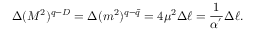
\Delta ( M ^ { 2 } ) ^ { q - D } = \Delta ( m ^ { 2 } ) ^ { q - \bar { q } } = 4 \mu ^ { 2 } \Delta \ell = \frac { 1 } { \alpha ^ { ' } } \Delta \ell .